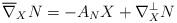
LaTeX: \begin{align*}\overline{\nabla}_X N = -A_N X + \nabla_X^{\perp} N\end{align*}